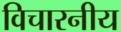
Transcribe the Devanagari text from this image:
विचारनीय